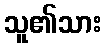
သူ၏သား